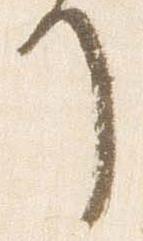
了